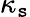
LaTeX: \kappa_{\mathtt{s}}